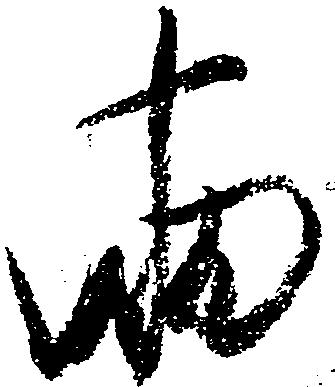
両